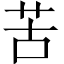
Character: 苦